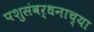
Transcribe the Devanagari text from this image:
पशुसंवर्धनाच्या